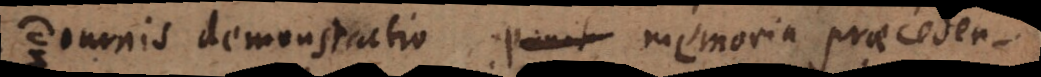
omnis demonstratio memoria praecede